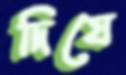
দিযে